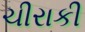
ચીરાકી